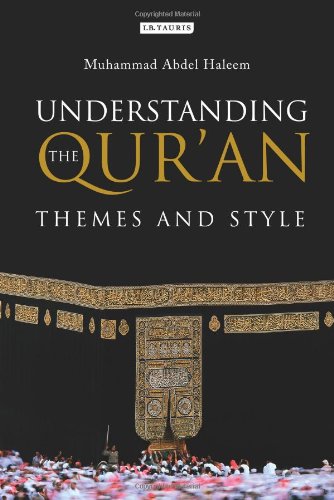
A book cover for Understanding the Qur'an: Themes and Style; Muhammad Abdel Haleem; Religion & Spirituality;